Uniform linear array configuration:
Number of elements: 4
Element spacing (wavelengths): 0.25
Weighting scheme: uniform
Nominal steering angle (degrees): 0
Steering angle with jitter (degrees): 1.935
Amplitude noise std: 0.05
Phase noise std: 0.05

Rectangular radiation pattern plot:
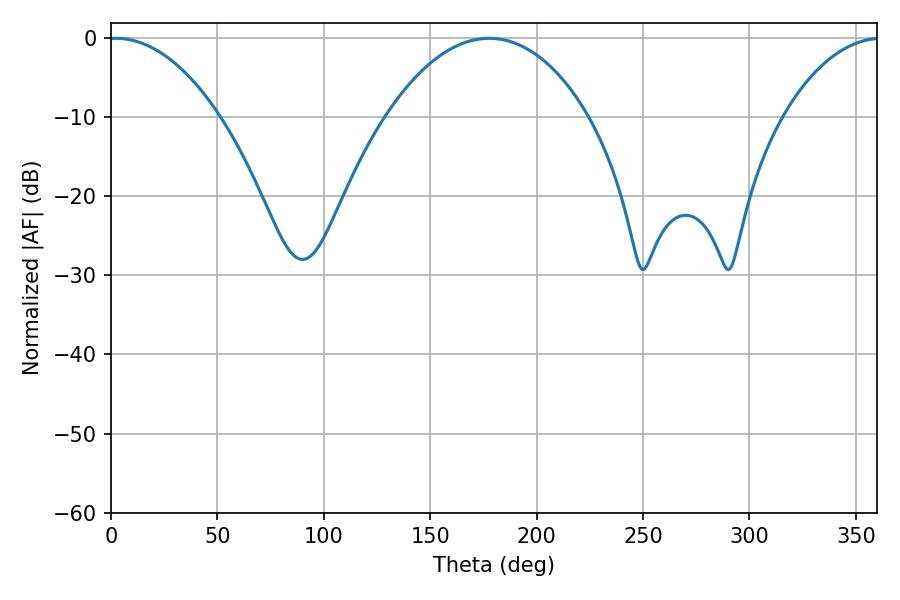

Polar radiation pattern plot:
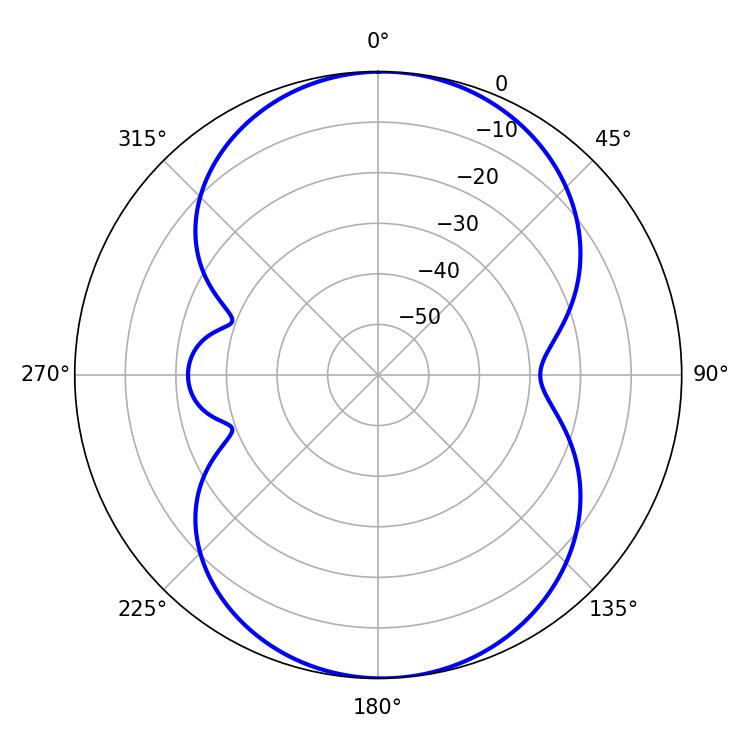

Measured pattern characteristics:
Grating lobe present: FALSE
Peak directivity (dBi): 13.208
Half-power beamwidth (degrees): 29.34
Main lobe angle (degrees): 2.34